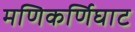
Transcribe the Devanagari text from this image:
मणिकर्णिघाट